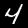
Digit: 4